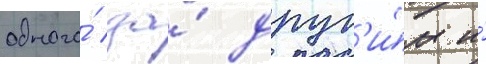
одного́ за́ друг'и́м и́